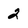
Character: 2